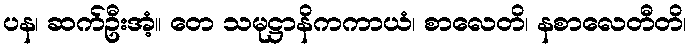
ပန၊ ဆက်ဦးအံ့။ တေ သမုဋ္ဌာနိကကာယံ၊ စာလေတိ၊ နစာလေတီတိ၊